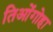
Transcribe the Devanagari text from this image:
तिओंगोहा